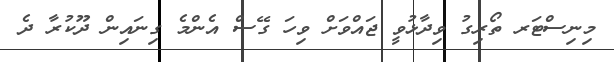
މިނިސްޓަރ ތޯރިގު ވިދާޅުވީ ޖައްވަށް ވިހަ ގޭސް އެންމެ ގިނައިން ދޫކުރާ ދެ